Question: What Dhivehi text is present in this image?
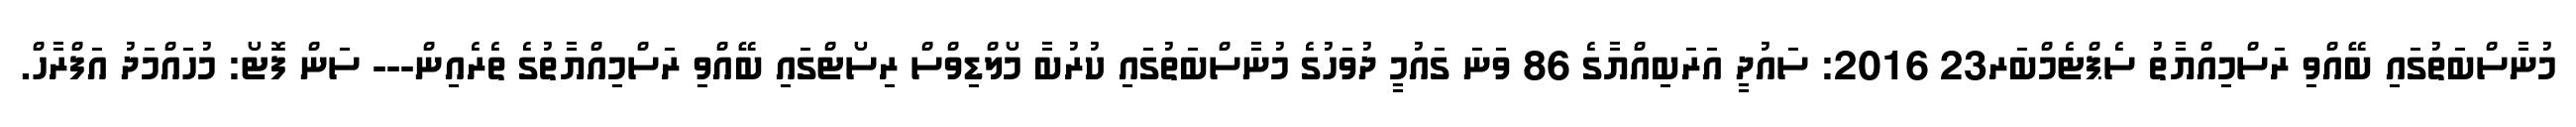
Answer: މުނާސްބަތުގައި ބޭއްވި ރަސްމިއްޔާތު ސެޕްޓެމްބަރ23 2016: ސައުދީ އަރަބިއްޔާގެ 86 ވަނަ ގައުމީ ދުވަހުގެ މުނާސްބަތުގައި ކުރުބާ މޯލްޑިވްސް ރިސޯޓްގައި ބޭއްވި ރަސްމިއްޔާތުގެ ތެރެއިން--- ސަން ފޮޓޯ: މުހައްމަދު އަފްރާހް.